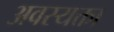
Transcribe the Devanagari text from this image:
अवस्यक्ता